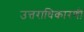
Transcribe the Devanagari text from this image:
उत्तराधिकारणी